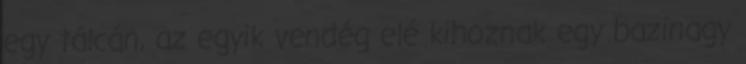
egy tálcán, az egyik vendég elé kihoznak egy bazinagy